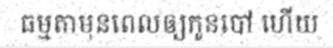
ធម្មតាមុនពេលឲ្យកូនបៅ ហើយ